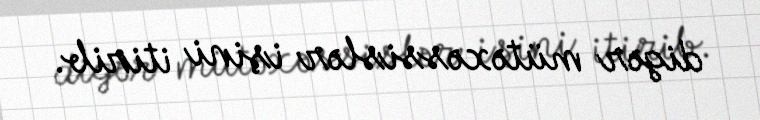
digər mütəxəssislər işini itirib.